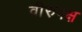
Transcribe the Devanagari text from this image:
वीरुपक्ष